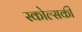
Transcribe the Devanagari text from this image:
स्कोल्सकी